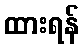
ထားရန်